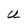
Character: U